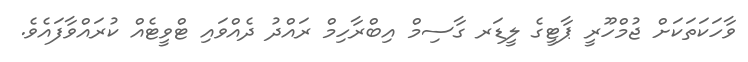
ވާހަކަތަކަށް ޖުމްހޫރީ ޕާޓީގެ ލީޑަރ ގާސިމް އިބްރާހިމް ރައްދު ދެއްވައި ޓްވީޓެއް ކުރައްވާފައެވެ.